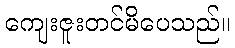
ကျေးဇူးတင်မိပေသည်။